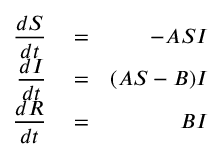
\begin{array} { r l r } { \displaystyle \frac { d S } { d t } } & { { } = } & { - A S I } \\ { \displaystyle \frac { d I } { d t } } & { { } = } & { ( A S - B ) I } \\ { \displaystyle \frac { d R } { d t } } & { { } = } & { B I } \end{array}